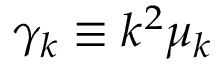
\gamma _ { k } \equiv k ^ { 2 } \mu _ { k }